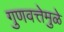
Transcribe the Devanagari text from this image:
गुणवत्तेमुळे